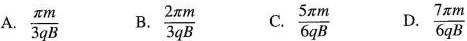
A.\frac{ \pi m}{3qB} B.\frac{2 \pi m}{3qB} C.\frac{5 \pi m}{6qB} D.\frac{7 \pi m}{6qB}